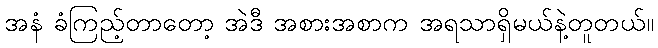
အနံ ခံကြည့်တာတော့ အဲဒီ အစားအစာက အရသာရှိမယ်နဲ့တူတယ်။